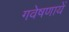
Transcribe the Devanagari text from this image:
गवेषणायें